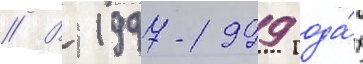
// В 1997-1999 года́х